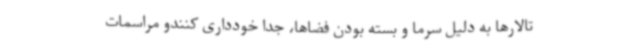
تالارها به دلیل سرما و بسته بودن فضاها، جدا خودداری کنندو مراسمات